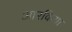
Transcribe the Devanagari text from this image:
आरकिया